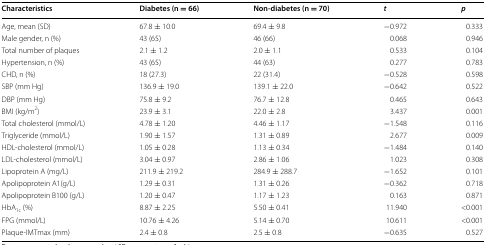
| Characteristics | Diabetes (n = 66) | Non-diabetes (n = 70) | t | p |
 | --- | --- | --- | --- | --- |
 | Age, mean (SD) | 67.8 ± 10.0 | 69.4 ± 9.8 | −0.972 | 0.333 |
 | Male gender, n (%) | 43 (65) | 46 (66) | 0.068 | 0.946 |
 | Total number of plaques | 2.1 ± 1.2 | 2.0 ± 1.1 | 0.533 | 0.104 |
 | Hypertension, n (%) | 43 (65) | 44 (63) | 0.277 | 0.783 |
 | CHD, n (%) | 18 (27.3) | 22 (31.4) | −0.528 | 0.598 |
 | SBP (mm Hg) | 136.9 ± 19.0 | 139.1 ± 22.0 | −0.642 | 0.522 |
 | DBP (mm Hg) | 75.8 ± 9.2 | 76.7 ± 12.8 | 0.465 | 0.643 |
 | BMI (kg/m2) | 23.9 ± 3.1 | 22.0 ± 2.8 | 3.437 | 0.001 |
 | Total cholesterol (mmol/L) | 4.78 ± 1.20 | 4.46 ± 1.17 | −1.548 | 0.116 |
 | Triglyceride (mmol/L) | 1.90 ± 1.57 | 1.31 ± 0.89 | 2.677 | 0.009 |
 | HDL-cholesterol (mmol/L) | 1.05 ± 0.28 | 1.13 ± 0.34 | −1.484 | 0.140 |
 | LDL-cholesterol (mmol/L) | 3.04 ± 0.97 | 2.86 ± 1.06 | 1.023 | 0.308 |
 | Lipoprotein A (mg/L) | 211.9 ± 219.2 | 284.9 ± 288.7 | −1.652 | 0.101 |
 | Apolipoprotein A1(g/L) | 1.29 ± 0.31 | 1.31 ± 0.26 | −0.362 | 0.718 |
 | Apolipoprotein B100 (g/L) | 1.20 ± 0.47 | 1.17 ± 1.23 | 0.163 | 0.871 |
 | HbA1c (%) | 8.87 ± 2.25 | 5.50 ± 0.41 | 11.940 | <0.001 |
 | FPG (mmol/L) | 10.76 ± 4.26 | 5.14 ± 0.70 | 10.611 | <0.001 |
 | Plaque-IMTmax (mm) | 2.4 ± 0.8 | 2.5 ± 0.8 | −0.635 | 0.527 |